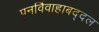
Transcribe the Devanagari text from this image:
पुनर्विवाहाबद्दल